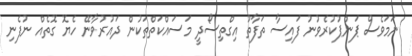
ނަމަވެސް ޕަންޕުކުރެވުނު ފައިސާ ތަފާތު އިގްތިސޯދީ މަސައްކަތްތަކުން ދައުރުވާނޭ ހެޔޮ ގޮތެއް ނުފެނި